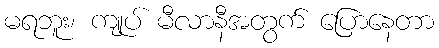
မရဘူး၊ ကျုပ် မီလာနီအတွက် ပြောနေတာ